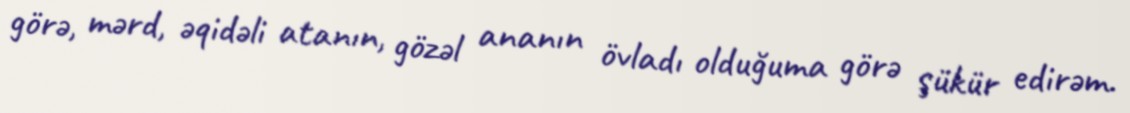
görə, mərd, əqidəli atanın, gözəl ananın övladı olduğuma görə şükür edirəm.